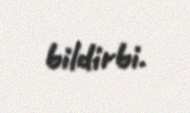
bildirbi.